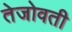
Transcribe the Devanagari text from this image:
तेजोवती